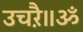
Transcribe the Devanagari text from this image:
उचऱै॥ॐ